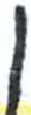
אות: ן